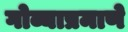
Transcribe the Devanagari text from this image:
गोव्याप्रमाणे